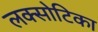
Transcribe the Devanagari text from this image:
लक्सोटिका